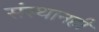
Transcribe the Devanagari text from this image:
संस्थानही